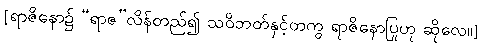
[ရာဇိနော၌ “ရာဇ”လိန်တည်၍ သဝိဘတ်နှင့်တကွ ရာဇိနောပြုဟု ဆိုလေ။]